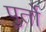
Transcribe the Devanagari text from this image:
पुर्तो